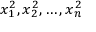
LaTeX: x _ { 1 } ^ { 2 } , x _ { 2 } ^ { 2 } , \ldots , x _ { n } ^ { 2 }